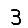
Digit: 3